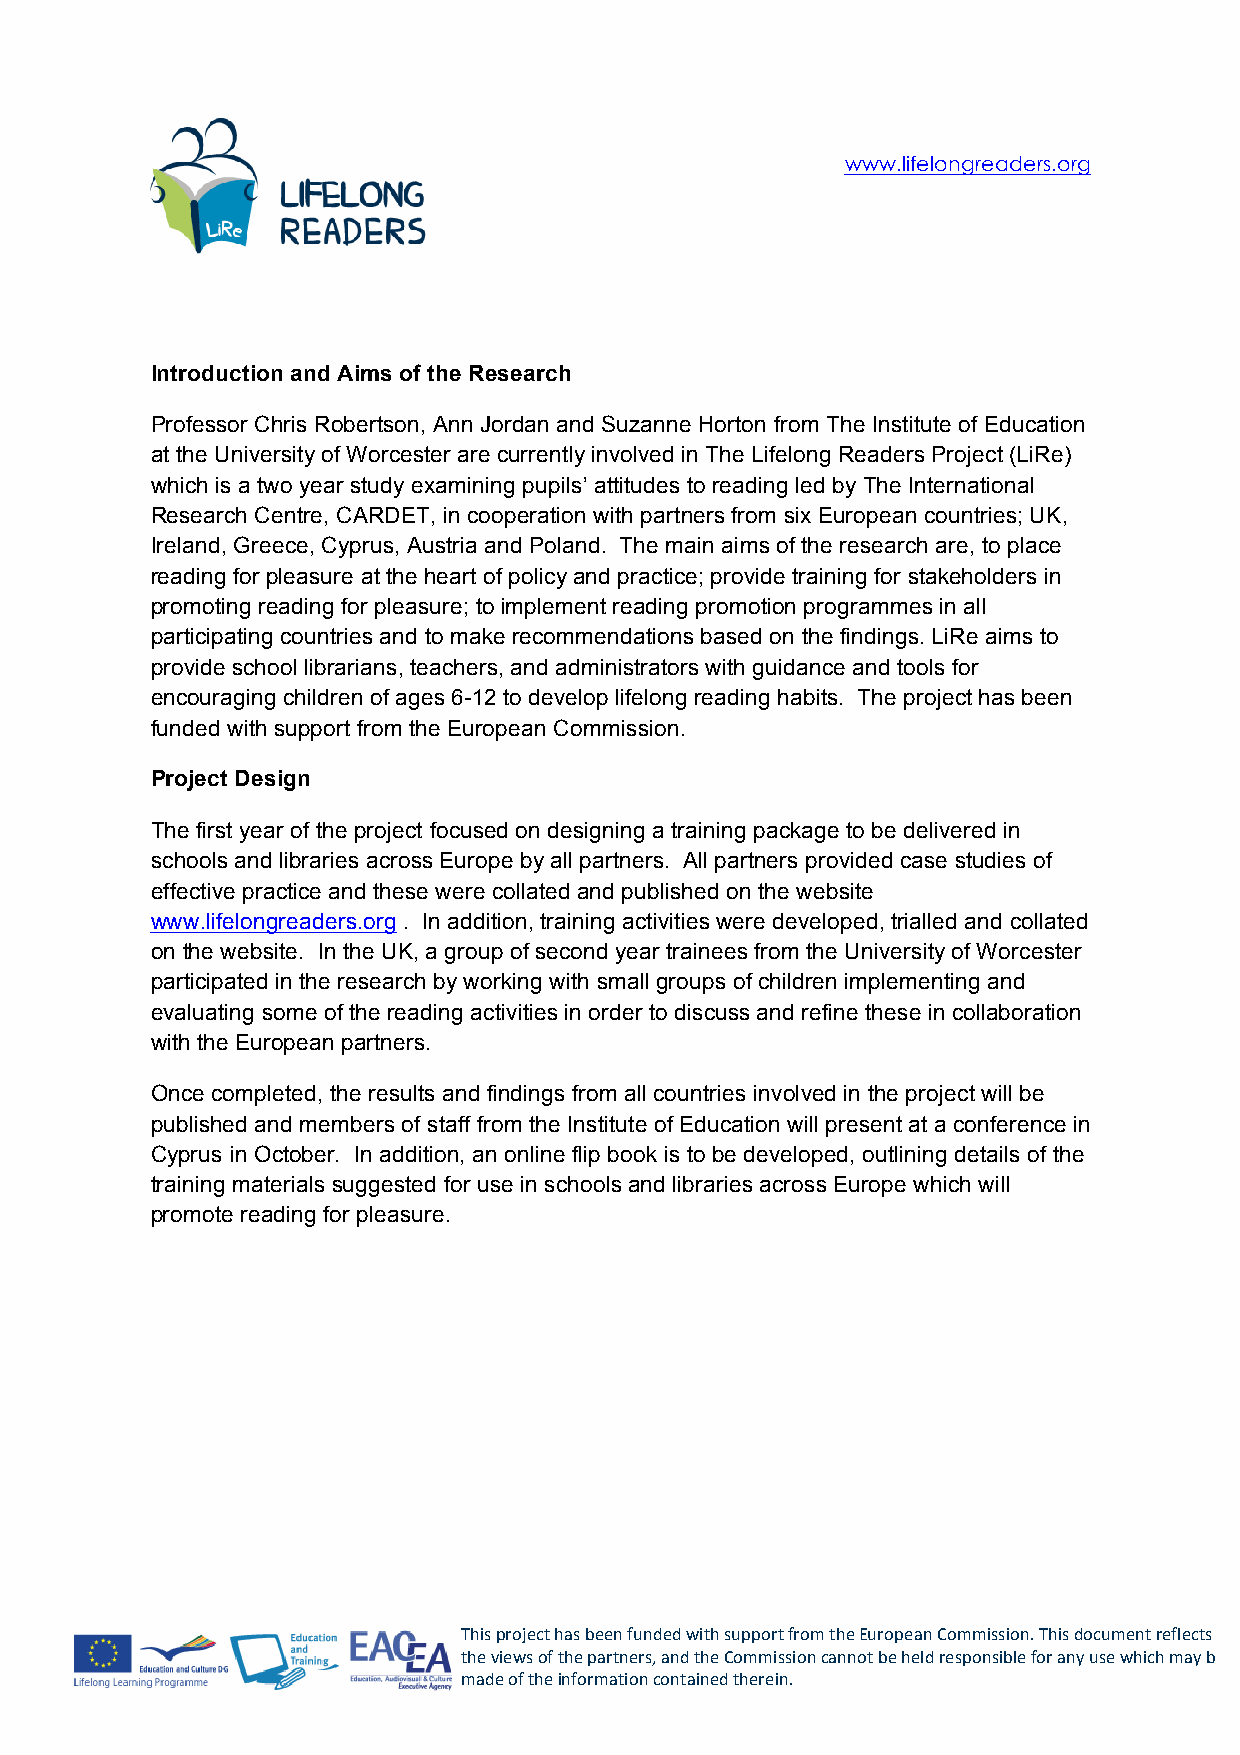
www.lifelongreaders.org
 Introduction and Aims of the Research
 Professor Chris Robertson, Ann Jordan and Suzanne Horton from The Institute of Education
 at the University of Worcester are currently involved in The Lifelong Readers Project (LiRe)
 which is a two year study examining pupils’ attitudes to reading led by The International
 Research Centre, CARDET, in cooperation with partners from six European countries; UK,
 Ireland, Greece, Cyprus, Austria and Poland. The main aims of the research are, to place
 reading for pleasure at the heart of policy and practice; provide training for stakeholders in
 promoting reading for pleasure; to implement reading promotion programmes in all
 participating countries and to make recommendations based on the findings. LiRe aims to
 provide school librarians, teachers, and administrators with guidance and tools for
 encouraging children of ages 6-12 to develop lifelong reading habits. The project has been
 funded with support from the European Commission.
 Project Design
 The first year of the project focused on designing a training package to be delivered in
 schools and libraries across Europe by all partners. All partners provided case studies of
 effective practice and these were collated and published on the website
 www.lifelongreaders.org . In addition, training activities were developed, trialled and collated
 on the website. In the UK, a group of second year trainees from the University of Worcester
 participated in the research by working with small groups of children implementing and
 evaluating some of the reading activities in order to discuss and refine these in collaboration
 with the European partners.
 Once completed, the results and findings from all countries involved in the project will be
 published and members of staff from the Institute of Education will present at a conference in
 Cyprus in October. In addition, an online flip book is to be developed, outlining details of the
 training materials suggested for use in schools and libraries across Europe which will
 promote reading for pleasure.
 This project has been funded with support from the European Commission. This document reflects
 the views of the partners, and the Commission cannot be held responsible for any use which may be
 made of the information contained therein.